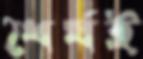
ধৈর্যই